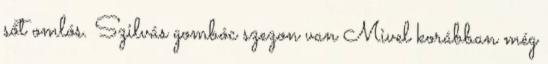
sőt omlós. Szilvás gombóc szezon van Mivel korábban még